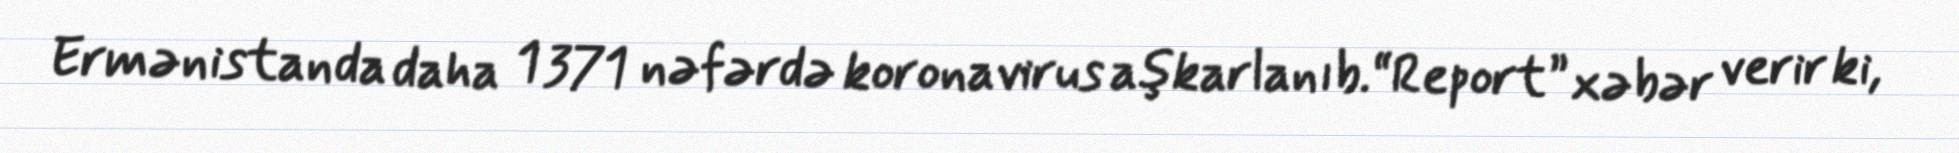
Ermənistanda daha 1 371 nəfərdə koronavirus aşkarlanıb.“Report” xəbər verir ki,